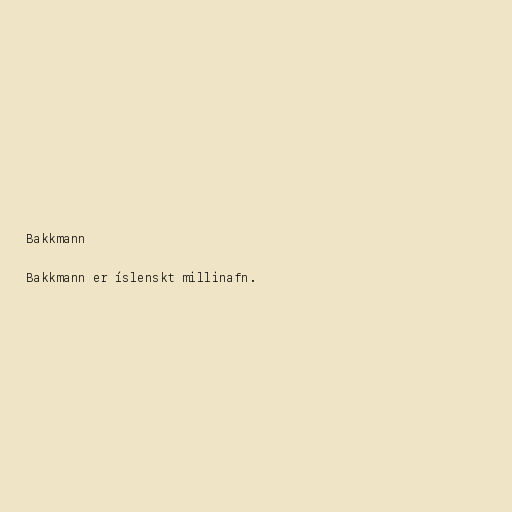
Bakkmann

Bakkmann er íslenskt millinafn.